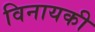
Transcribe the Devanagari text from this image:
विनायकी